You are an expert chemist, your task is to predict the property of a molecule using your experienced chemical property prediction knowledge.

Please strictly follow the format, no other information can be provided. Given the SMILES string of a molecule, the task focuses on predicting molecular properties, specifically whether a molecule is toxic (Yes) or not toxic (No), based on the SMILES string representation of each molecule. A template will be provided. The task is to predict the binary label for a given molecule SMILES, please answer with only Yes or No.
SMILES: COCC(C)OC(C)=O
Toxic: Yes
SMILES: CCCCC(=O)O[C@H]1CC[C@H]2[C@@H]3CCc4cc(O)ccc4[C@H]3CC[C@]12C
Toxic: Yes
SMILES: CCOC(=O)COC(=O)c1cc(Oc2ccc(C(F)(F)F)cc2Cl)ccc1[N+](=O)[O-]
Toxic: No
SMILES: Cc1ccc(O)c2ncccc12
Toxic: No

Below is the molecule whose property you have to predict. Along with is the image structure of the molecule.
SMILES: CCOC(=O)c1cnc2cc(OCC(C)C)c(OCC(C)C)cc2c1O
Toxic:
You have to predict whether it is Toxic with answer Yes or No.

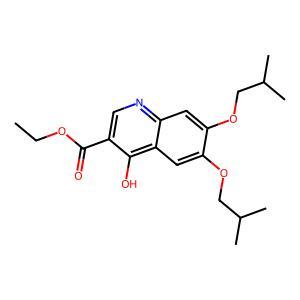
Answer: No